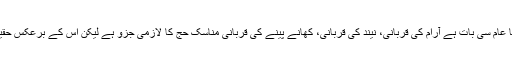
یہ پورا حج کا عمل ایک محنت، مشقت اور برداشت سے عبارت ہے، میلوں چلنا عام سی بات ہے آرام کی قربانی، نیند کی قربانی، کھانے پینے کی قربانی مناسک حج کا لازمی جزو ہے لیکن اس کے برعکس حقیقت یہ بھی ہے کہ آج حج جتنا آسان ہے بیس پچیس سال پہلے اتنا آسان نہیں تھا۔